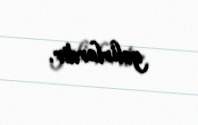
gəlirlərdir.